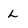
Character: L